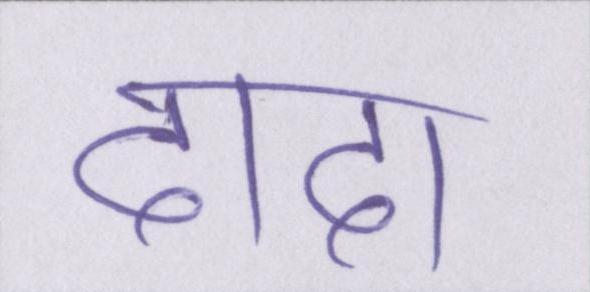
दादा